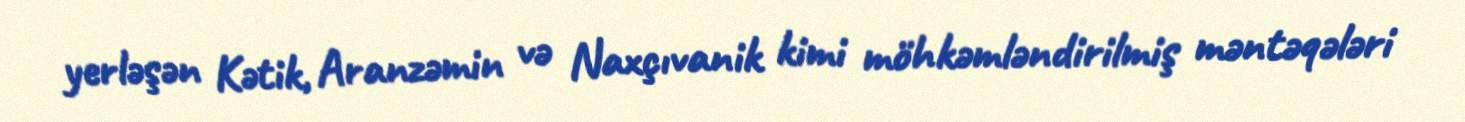
yerləşən Kətik, Aranzəmin və Naxçıvanik kimi möhkəmləndirilmiş məntəqələri